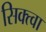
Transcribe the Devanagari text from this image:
सिक्त्वा